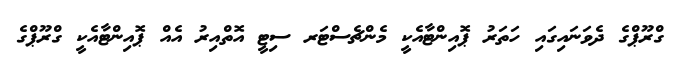
ގްރޫޕްގެ ދެވަނައިގައި ހަތަރު ޕޮއިންޓާއެކީ މެންޗެސްޓަރ ސިޓީ އޮތްއިރު އެއް ޕޮއިންޓާއެކީ ގްރޫޕްގެ